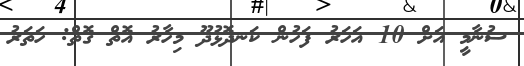
ސުނާމީ އަށް 10 އަހަރު ފަހުން ކަނދޮޅުދޫ މިހާރު އޮތް ގޮތް: ހަތަރު